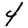
Digit: 4